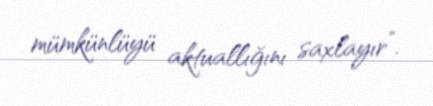
mümkünlüyü aktuallığını saxlayır”.